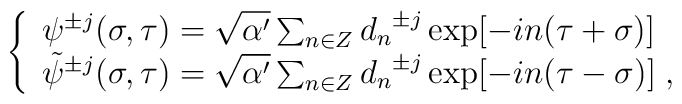
\left\{ \begin{array}{l} {\psi}^{\pm  j}(\sigma,  \tau) = \sqrt{\alpha'}\sum_{n   \in  Z} {  d_{n}}^{\pm j}  \exp[-i  n  (\tau + \sigma)] \\{\tilde{\psi}}^{\pm j}(\sigma, \tau) = \sqrt{\alpha '}\sum_{n \in Z} {d_{n}}^{\pm j} \exp[-i n (\tau - \sigma )]\; , \end{array} \right.